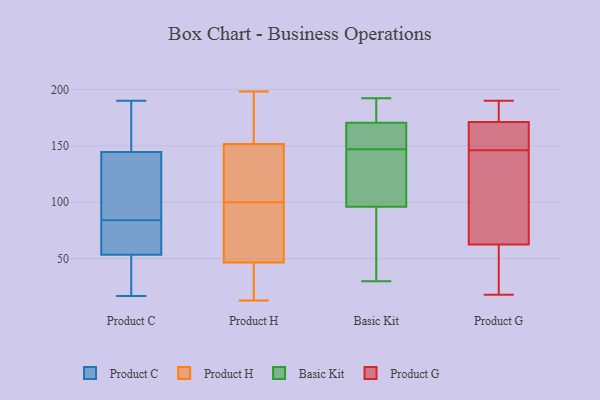
{"axis": {"x": "Budget (USD K)", "y": "Value"}, "legend": ["Basic Kit", "Product C", "Product G", "Product H"], "data": [{"x": "", "y": 66, "type": "Product C"}, {"x": "", "y": 72, "type": "Product C"}, {"x": "", "y": 95, "type": "Product C"}, {"x": "", "y": 37, "type": "Product C"}, {"x": "", "y": 53, "type": "Product C"}, {"x": "", "y": 19, "type": "Product C"}, {"x": "", "y": 55, "type": "Product C"}, {"x": "", "y": 147, "type": "Product C"}, {"x": "", "y": 190, "type": "Product C"}, {"x": "", "y": 137, "type": "Product C"}, {"x": "", "y": 84, "type": "Product C"}, {"x": "", "y": 94, "type": "Product C"}, {"x": "", "y": 66, "type": "Product C"}, {"x": "", "y": 17, "type": "Product C"}, {"x": "", "y": 169, "type": "Product C"}, {"x": "", "y": 136, "type": "Product C"}, {"x": "", "y": 45, "type": "Product C"}, {"x": "", "y": 175, "type": "Product C"}, {"x": "", "y": 155, "type": "Product C"}, {"x": "", "y": 175, "type": "Product H"}, {"x": "", "y": 195, "type": "Product H"}, {"x": "", "y": 150, "type": "Product H"}, {"x": "", "y": 95, "type": "Product H"}, {"x": "", "y": 105, "type": "Product H"}, {"x": "", "y": 198, "type": "Product H"}, {"x": "", "y": 153, "type": "Product H"}, {"x": "", "y": 58, "type": "Product H"}, {"x": "", "y": 45, "type": "Product H"}, {"x": "", "y": 25, "type": "Product H"}, {"x": "", "y": 33, "type": "Product H"}, {"x": "", "y": 108, "type": "Product H"}, {"x": "", "y": 37, "type": "Product H"}, {"x": "", "y": 166, "type": "Product H"}, {"x": "", "y": 72, "type": "Product H"}, {"x": "", "y": 48, "type": "Product H"}, {"x": "", "y": 109, "type": "Product H"}, {"x": "", "y": 74, "type": "Product H"}, {"x": "", "y": 13, "type": "Product H"}, {"x": "", "y": 112, "type": "Product H"}, {"x": "", "y": 88, "type": "Basic Kit"}, {"x": "", "y": 175, "type": "Basic Kit"}, {"x": "", "y": 185, "type": "Basic Kit"}, {"x": "", "y": 108, "type": "Basic Kit"}, {"x": "", "y": 148, "type": "Basic Kit"}, {"x": "", "y": 99, "type": "Basic Kit"}, {"x": "", "y": 165, "type": "Basic Kit"}, {"x": "", "y": 166, "type": "Basic Kit"}, {"x": "", "y": 93, "type": "Basic Kit"}, {"x": "", "y": 192, "type": "Basic Kit"}, {"x": "", "y": 30, "type": "Basic Kit"}, {"x": "", "y": 146, "type": "Basic Kit"}, {"x": "", "y": 189, "type": "Product G"}, {"x": "", "y": 160, "type": "Product G"}, {"x": "", "y": 18, "type": "Product G"}, {"x": "", "y": 173, "type": "Product G"}, {"x": "", "y": 79, "type": "Product G"}, {"x": "", "y": 152, "type": "Product G"}, {"x": "", "y": 46, "type": "Product G"}, {"x": "", "y": 116, "type": "Product G"}, {"x": "", "y": 140, "type": "Product G"}, {"x": "", "y": 18, "type": "Product G"}, {"x": "", "y": 169, "type": "Product G"}, {"x": "", "y": 190, "type": "Product G"}]}